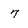
Character: 7